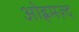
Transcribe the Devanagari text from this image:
ओह्रमज़्द